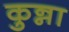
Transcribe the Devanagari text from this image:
कुन्ना